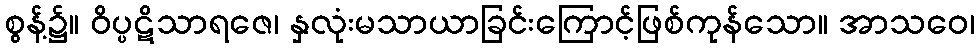
စွန့်၌။ ဝိပ္ပဋိသာရဇေ၊ နှလုံးမသာယာခြင်းကြောင့်ဖြစ်ကုန်သော။ အာသဝေ၊